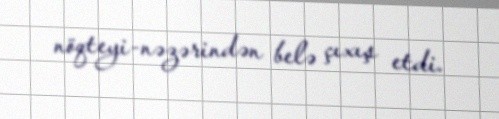
nöqteyi-nəzərindən belə çıxış etdi.